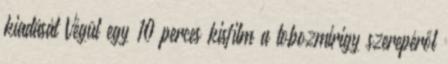
kiadását Végül egy 10 perces kisfilm a tobozmirigy szerepéről